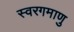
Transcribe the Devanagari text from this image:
स्वरगमाणु